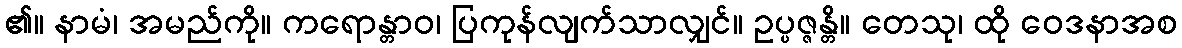
၏။ နာမံ၊ အမည်ကို။ ကရောန္တာဝ၊ ပြကုန်လျက်သာလျှင်။ ဥပ္ပဇ္ဇန္တိ။ တေသု၊ ထို ဝေဒနာအစ